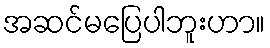
အဆင်မပြေပါဘူးဟာ။